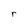
Character: r